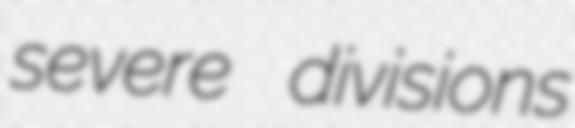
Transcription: severe divisions